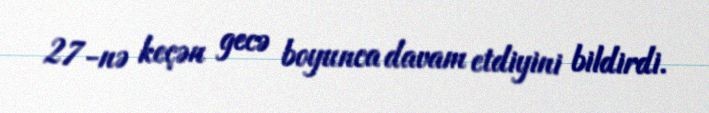
27-nə keçən gecə boyunca davam etdiyini bildirdi.